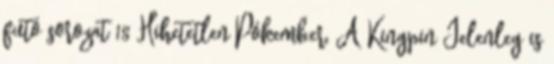
futó sorozat 18 Hihetetlen Pókember, A Kingpin Jelenleg is